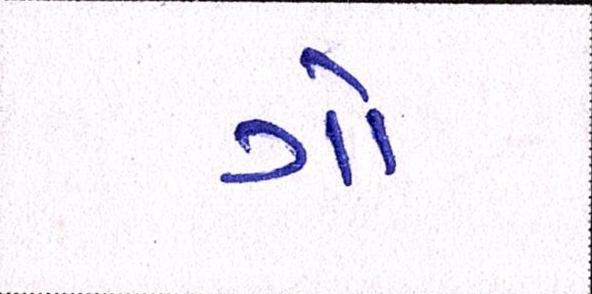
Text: ગો